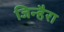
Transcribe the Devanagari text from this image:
जिन्हैरा